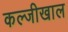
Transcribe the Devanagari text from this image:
कल्जीखाल